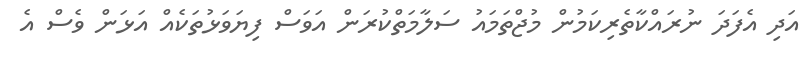
އަދި އެފަދަ ނުރައްކާތެރިކަމުން މުޖްތަމައު ސަލާމަތްކުރަން އަވަސް ފިޔަވަޅުތަކެއް އަޅަން ވެސް އެ